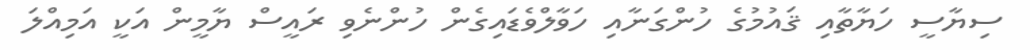
ސިޔާސީ ހަޔާތާއި ޤައުމުގެ ހުންގަނާއި ހަވާލްވެޑައިގެން ހުންނެވި ރައީސް ޔާމީން އަކީ އަމިއްލަ